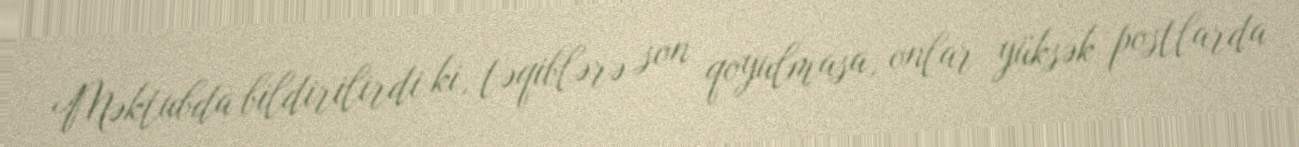
Məktubda bildirilirdi ki, təqiblərə son qoyulmasa, onlar yüksək postlarda